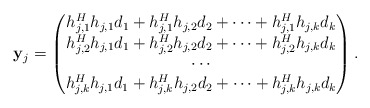
\begin{align*}\mathbf{y}_j = \begin{pmatrix}h^H_{j,1}h_{j,1}d_1+h^H_{j,1}h_{j,2}d_2+\cdots+h^H_{j,1}h_{j,k}d_k \\h^H_{j,2}h_{j,1}d_1+h^H_{j,2}h_{j,2}d_2+\cdots+h^H_{j,2}h_{j,k}d_k \\\cdots \\h^H_{j,k}h_{j,1}d_1+h^H_{j,k}h_{j,2}d_2+\cdots+h^H_{j,k}h_{j,k}d_k\end{pmatrix}.\end{align*}